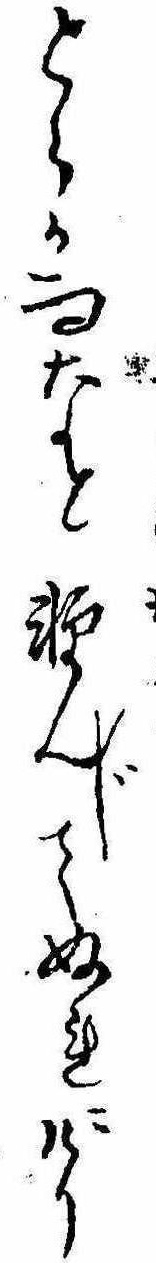
とらか雨なと軽んじてぬれにけり